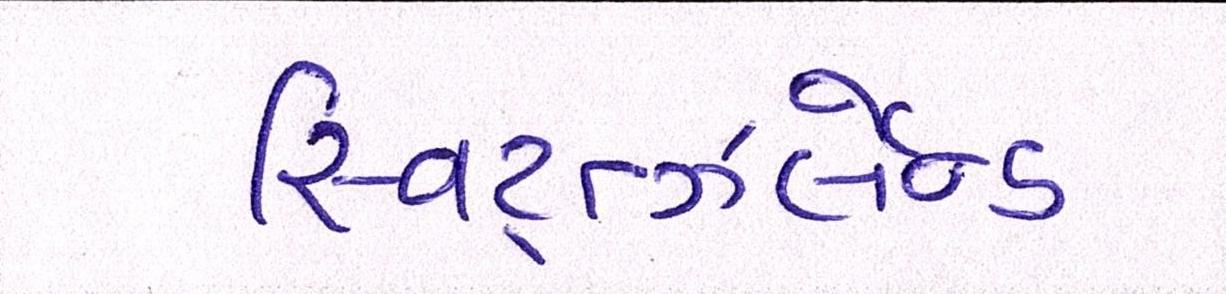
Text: સ્વિટ્ત્ઝર્લેન્ડ